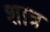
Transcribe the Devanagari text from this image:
शात्र